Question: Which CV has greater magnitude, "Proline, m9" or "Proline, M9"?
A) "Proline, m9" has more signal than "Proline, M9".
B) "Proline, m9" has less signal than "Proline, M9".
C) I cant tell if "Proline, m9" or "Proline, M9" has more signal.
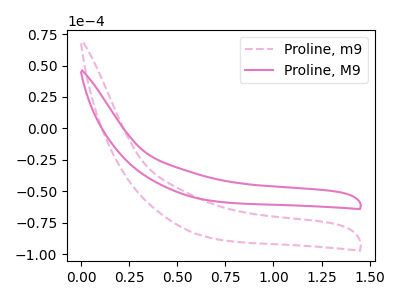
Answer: <think>The pink dashed curve "Proline, m9" has no peaks. The pink curve "Proline, M9" has no peaks.
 Neither "Proline, m9" or "Proline, M9" have any peaks.</think>
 <answer>C) I cant tell if "Proline, m9" or "Proline, M9" has more signal.</answer>
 <eval>C</eval>